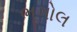
ભૂગોલ